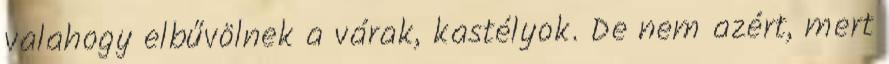
valahogy elbűvölnek a várak, kastélyok. De nem azért, mert